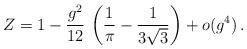
LaTeX: \begin{align*}Z = 1 - \frac{g^2}{12} \, \left( \frac{1}{\pi} - \frac{1}{3\sqrt{3}}\right) + o(g^4) \,.\end{align*}